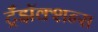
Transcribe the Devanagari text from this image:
ट्रँझॅक्शन्स